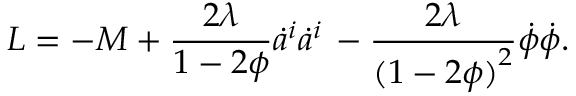
L = - M + { \frac { 2 \lambda } { 1 - 2 \phi } } \dot { a } ^ { i } \dot { a } ^ { i } \nonumber \, - { \frac { 2 \lambda } { { ( 1 - 2 \phi ) } ^ { 2 } } } \dot { \phi } \dot { \phi } .